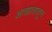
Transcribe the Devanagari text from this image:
आखातातून